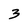
Character: 3